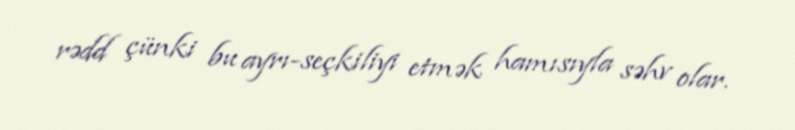
rədd çünki bu ayrı-seçkiliyi etmək hamısıyla səhv olar.